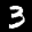
Label: 3